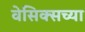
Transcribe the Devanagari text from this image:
वेसिक्सच्या